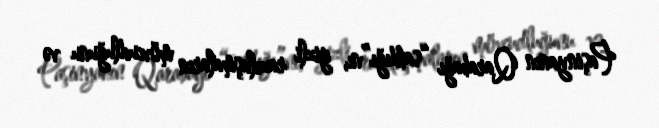
Paşinyanın Qarabağı “satdığı”nı, gizli razılaşmaların mövcudluğunu və